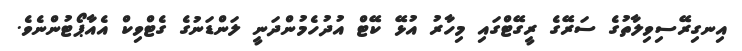
އިނގިރޭސިވިލާތުގެ ސަރޭގެ ރީގޭޓްގައި މިހާރު އުޅޭ ކޭޓް އުދުހެމުންދަނީ ލަންޑަނުގެ ގެޓްވިކް އެއާޕޯޓުންނެވެ.